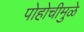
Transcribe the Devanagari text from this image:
पोहोचीमुळे